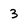
Character: 3